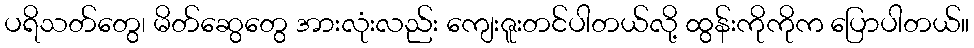
ပရိသတ်တွေ၊ မိတ်ဆွေတွေ အားလုံးလည်း ကျေးဇူးတင်ပါတယ်လို့ ထွန်းကိုကိုက ပြောပါတယ်။